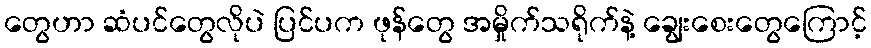
တွေဟာ ဆံပင်တွေလိုပဲ ပြင်ပက ဖုန်တွေ အမှိုက်သရိုက်နဲ့ ချွေးစေးတွေကြောင့်